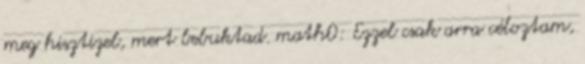
meg hisztizel, mert bebuktad. math0: Ezzel csak arra céloztam,